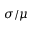
\sigma / \mu